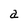
Character: a